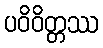
ပဝိဝိတ္တဿ